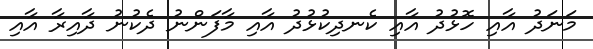
މަނަދު އާއި ހޮޅުދު އާއި ކެނދިކުޅުދު އާއި މާފަންނު ދެކުނު ދާއިރާ އާއި